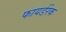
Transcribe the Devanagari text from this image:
फायर्डरेक